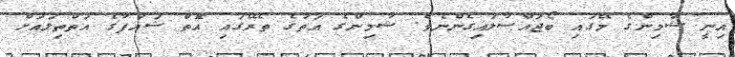
އިނީ ޝާމިންގެ މޭގައި ބޯޖައްސާލައިގެންނެވެ. ޝާމިންގެ އަތުގެ ތެރޭގައި އޮތް ޝައުފާގެ އަތްތިލައަށް